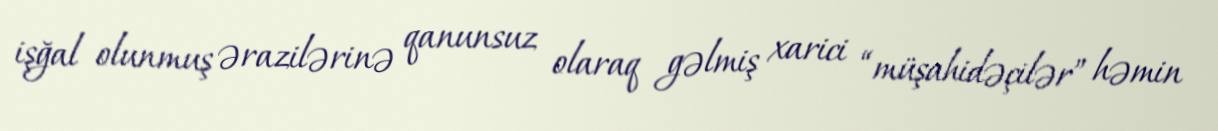
işğal olunmuş ərazilərinə qanunsuz olaraq gəlmiş xarici “müşahidəçilər” həmin